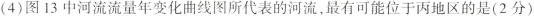
(4)图13中河流流量年变化曲线图所代表的河流，最有可能位于丙地区的是(2分)